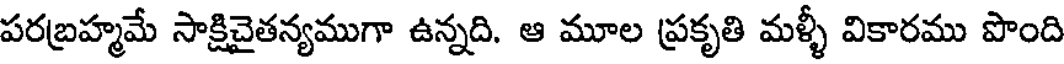
పరబ్రహ్మమే సాక్షిచైతన్యముగా ఉన్నది. ఆ మూల ప్రకృతి మళ్ళీ వికారము పొంది